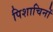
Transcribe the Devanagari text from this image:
पिशाचिनों